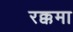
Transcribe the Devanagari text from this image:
रक्कमा